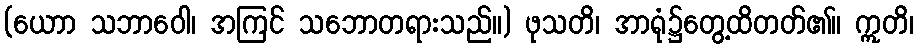
(ယောာ သဘာဝေါ၊ အကြင် သဘောတရားသည်။) ဖုသတိ၊ အာရုံ၌တွေ့ထိတတ်၏။ ဣတိ၊